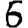
Digit: 6